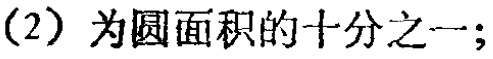
（2）为圆面积的十分之一；